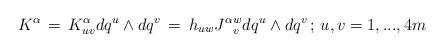
LaTeX: \begin{align*}K^{\alpha}\, =\, K^{\alpha}_{u v}dq^u\wedge dq^v\, =\, h_{u w}{J^{\alpha}}^{w}_vdq^u\wedge dq^v\, ;\, u,v=1,...,4m\end{align*}